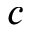
c